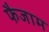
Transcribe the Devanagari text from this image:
फैजाम